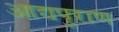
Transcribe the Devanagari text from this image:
आद्यपुराण